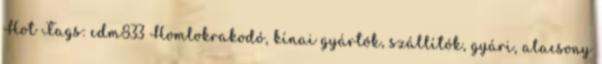
Hot Tags: cdm833 Homlokrakodó, kínai gyártók, szállítók, gyári, alacsony